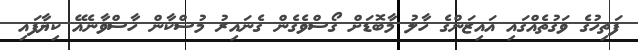
ފަތިހުގެ ވަގުތެއްގައި އައިޒަންގެ ހާލު މާބޮޑަށް ގޯސްވެގެން ގެނައިރު މުސްކާން ހާސްވާނެއޭ ކިޔާފައި